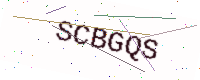
Text: SCBGQS